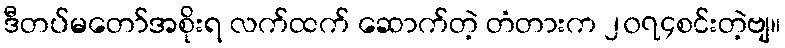
ဒီတပ်မတော်အစိုးရ လက်ထက် ဆောက်တဲ့ တံတားက ၂၀၇၄စင်းတဲ့ဗျ။